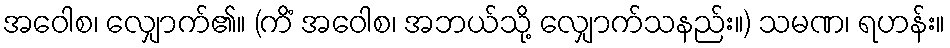
အဝေါစ၊ လျှောက်၏။ (ကိံ အဝေါစ၊ အဘယ်သို့ လျှောက်သနည်း။) သမဏ၊ ရဟန်း။